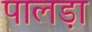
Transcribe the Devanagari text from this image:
पालड़ा